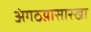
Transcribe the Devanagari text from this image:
अंगठय़ासारखा